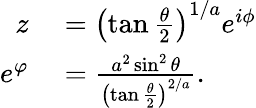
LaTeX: \begin{array}{rl}{z}&{{}=\left(\tan\frac{\theta}{2}\right)^{1/a}e^{i\phi}}\\ {e^{\varphi}}&{{}=\frac{a^{2}\sin^{2}\theta}{\left(\tan\frac{\theta}{2}\right)^{2/a}}.}\end{array}